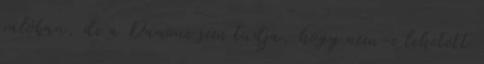
valóban, de a Danone sem tudja, hogy nem-e lehetett